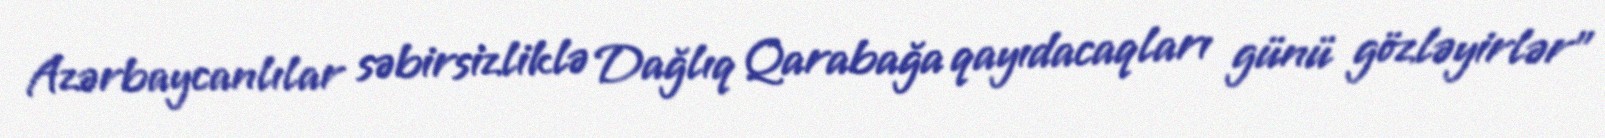
Azərbaycanlılar səbirsizliklə Dağlıq Qarabağa qayıdacaqları günü gözləyirlər”